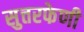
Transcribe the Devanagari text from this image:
सुत्तरफेणी